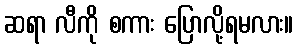
ဆရာ လီကို စကား ပြောလို့ရမလား။